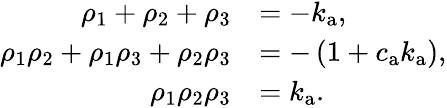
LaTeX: \begin{array}{rl}{\rho_{1}+\rho_{2}+\rho_{3}}&{=-k_{\mathrm{a}},}\\ {\rho_{1}\rho_{2}+\rho_{1}\rho_{3}+\rho_{2}\rho_{3}}&{=-\left(1+c_{\mathrm{a}}k_{\mathrm{a}}\right),}\\ {\rho_{1}\rho_{2}\rho_{3}}&{=k_{\mathrm{a}}.}\end{array}